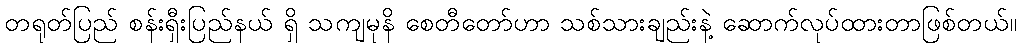
တရုတ်ပြည် စန်းရှီးပြည်နယ် ရှိ သကျမုနိ စေတီတော်ဟာ သစ်သားချည်းနဲ့ ဆောက်လုပ်ထားတာဖြစ်တယ်။